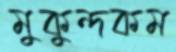
মুকুন্দকম